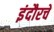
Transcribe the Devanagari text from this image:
इंदौरचे